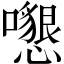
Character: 𡄩